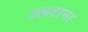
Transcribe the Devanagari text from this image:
उलटाना